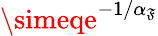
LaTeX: \simeqe^{-1/\alpha_{\mathfrak{F}}}